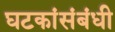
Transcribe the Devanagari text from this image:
घटकांसंबंधी